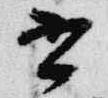
書